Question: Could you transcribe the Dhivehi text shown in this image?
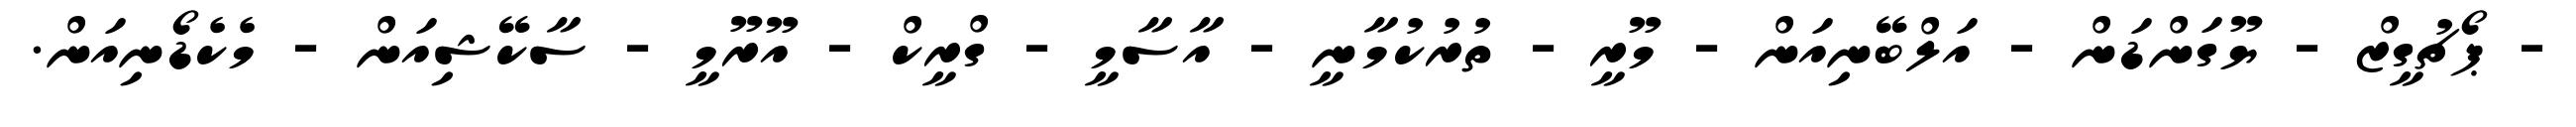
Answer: - ޕޯޗުގީޒް - ޔޫގަންޑަން - އަލްބޭނިއަން - މޫރީ - ތުރުކުމާނީ - އާސާމީ - ގްރީކް - އޫރޫމީ - ސާކޭޝިއަން - މެކެޑޯނިއަން.